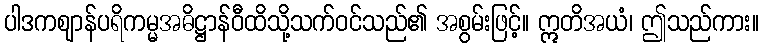
ပါဒကဈာန်ပရိကမ္မအဓိဋ္ဌာန်ဝီထိသို့သက်ဝင်သည်၏ အစွမ်းဖြင့်။ ဣတိအယံ၊ ဤသည်ကား။